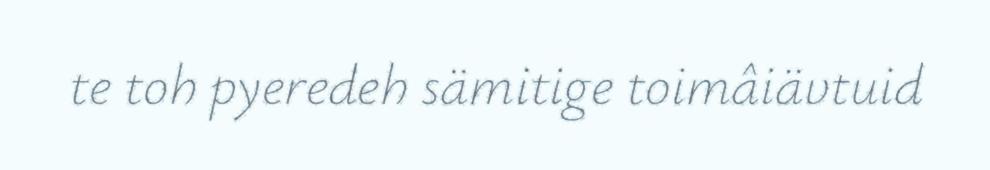
te toh pyeredeh sämitige toimâiävtuid